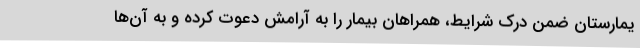
یمارستان ضمن درک شرایط، همراهان بیمار را به آرامش دعوت کرده و به آن‌ها